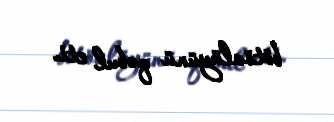
bötövlüyünü qəbul eti.